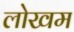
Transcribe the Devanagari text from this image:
लोखम